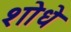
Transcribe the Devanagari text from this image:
शोधे